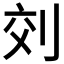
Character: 𠜅